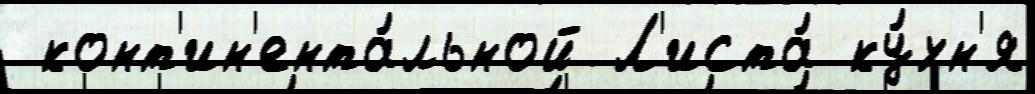
 конт'ин'ента́льной Л'иста́ ку́хн'я